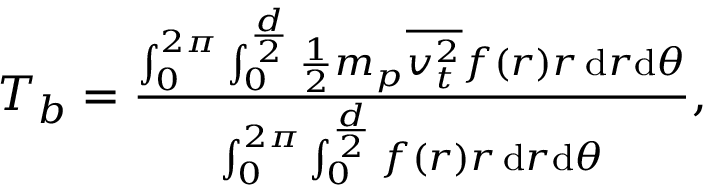
\begin{array} { r } { T _ { b } = \frac { \int _ { 0 } ^ { 2 \pi } \int _ { 0 } ^ { \frac { d } { 2 } } \frac { 1 } { 2 } m _ { p } \overline { { v _ { t } ^ { 2 } } } f ( r ) r \, \mathrm { d } r \mathrm { d } \theta } { \int _ { 0 } ^ { 2 \pi } \int _ { 0 } ^ { \frac { d } { 2 } } f ( r ) r \, \mathrm { d } r \mathrm { d } \theta } , } \end{array}